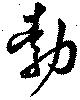
勃